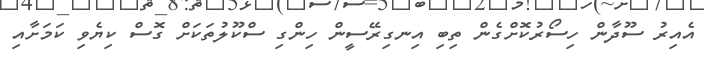
އެއިރު ސޫދާން ހިސޯރުކޮށްގެން ތިބި އިނގިރޭސީން ހިންގި ސްކޫލުތަކަށް ގޮސް ކިޔެވިި ކަމަށާއި